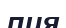
пия